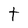
Character: t